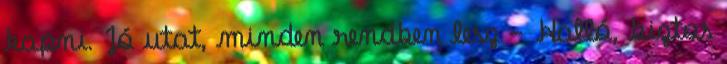
kapni. Jó utat, minden rendben lesz - Halló, biztos